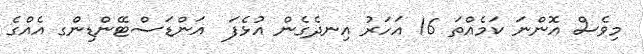
މިވެސް އޮންނަ ކަމެއްތަ 16 އަހަރު އިނދެގެން އުޅެފަ  އަންޑަސްޓޭންޑިންގ އެއްގެ